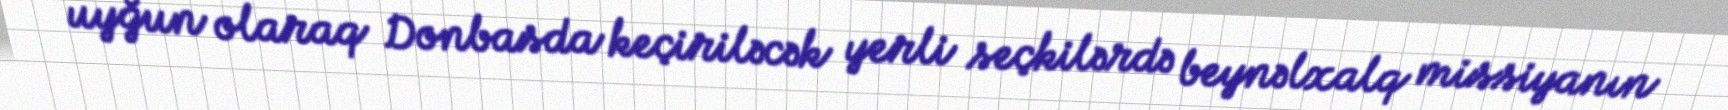
uyğun olaraq Donbasda keçiriləcək yerli seçkilərdə beynəlxalq missiyanın